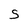
Character: S